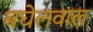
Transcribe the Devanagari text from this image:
बघेलवाल